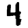
Digit: 4